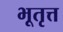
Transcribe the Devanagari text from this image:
भूतृत्त